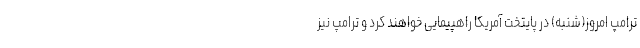
ترامپ امروز(شنبه) در پایتخت آمریکا راهپیمایی خواهند کرد و ترامپ نیز